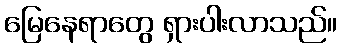
မြေနေရာတွေ ရှားပါးလာသည်။